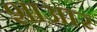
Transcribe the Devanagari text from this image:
शाआर